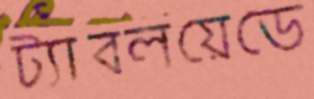
ট্যাবলয়েডে